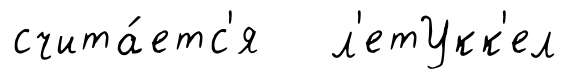
счита́етс'я л'етУкк'ел